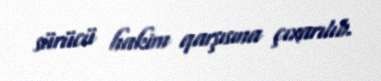
sürücü hakim qarşısına çıxarılıb.